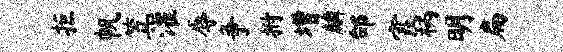
拒帆笠灌辱争拊增麟邰霞柄明扁